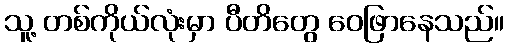
သူ့ တစ်ကိုယ်လုံးမှာ ပီတိတွေ ဝေဖြာနေသည်။